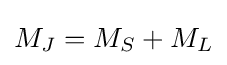
{{M}_{J}}={{M}_{S}}+{{M}_{L}}